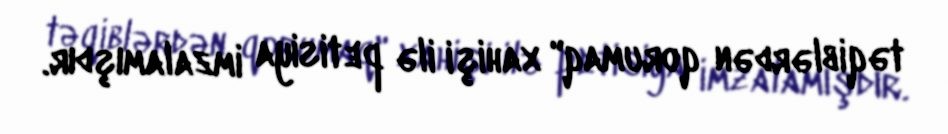
təqiblərdən qorumaq" xahişi ilə petisiya imzalamışdır.